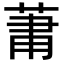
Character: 𮏒